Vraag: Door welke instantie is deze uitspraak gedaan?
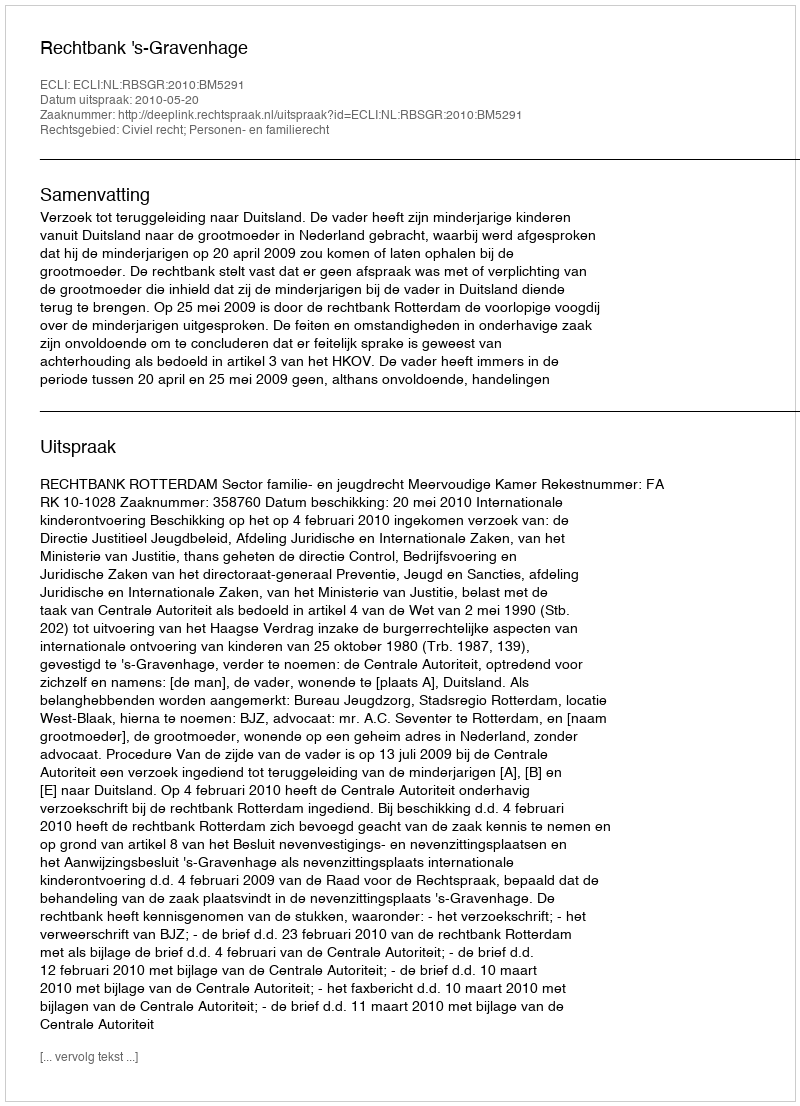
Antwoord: Rechtbank 's-Gravenhage